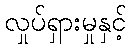
လှုပ်ရှားမှုနှင့်